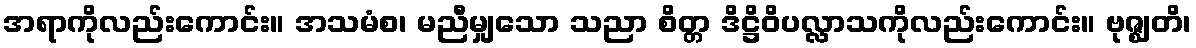
အရာကိုလည်းကောင်း။ အသမံစ၊ မညီမျှသော သညာ စိတ္တ ဒိဋ္ဌိဝိပလ္လာသကိုလည်းကောင်း။ ဗုဇ္ဈတိ၊